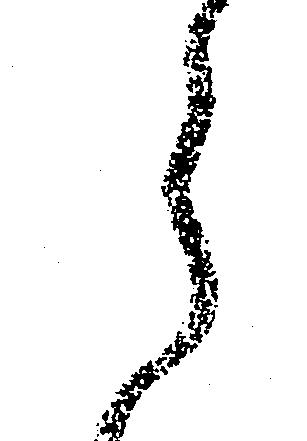
ら